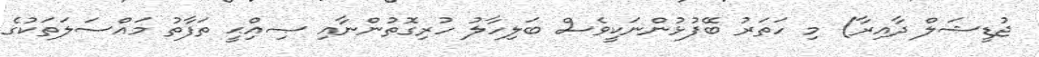
ޖުޑީޝަލް ދާއިރާ) މި ހަތަރު ބޭފުޅުންނަކީވެސް ބަލިހާލު ހުރިގޮތުންނާއި ޞިއްިޙީ ތަފާތު މައްސަލަތަކުގެ